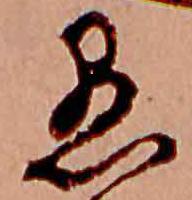
愚